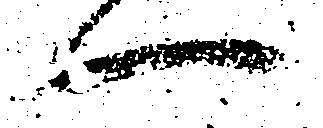
一